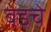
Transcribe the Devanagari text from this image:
बेडचे